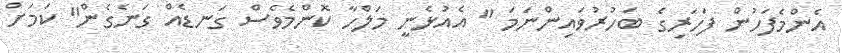
އެންމެފަހުން ފަހަރިގެ ބަހުރުވައިންނަމަ " އެއުޅެނީ މަލްހާ ކޮންމެވެސް ގަނޑެއް ގަނެގެން" ކަމަށް